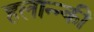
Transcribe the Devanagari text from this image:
हलान्न्की